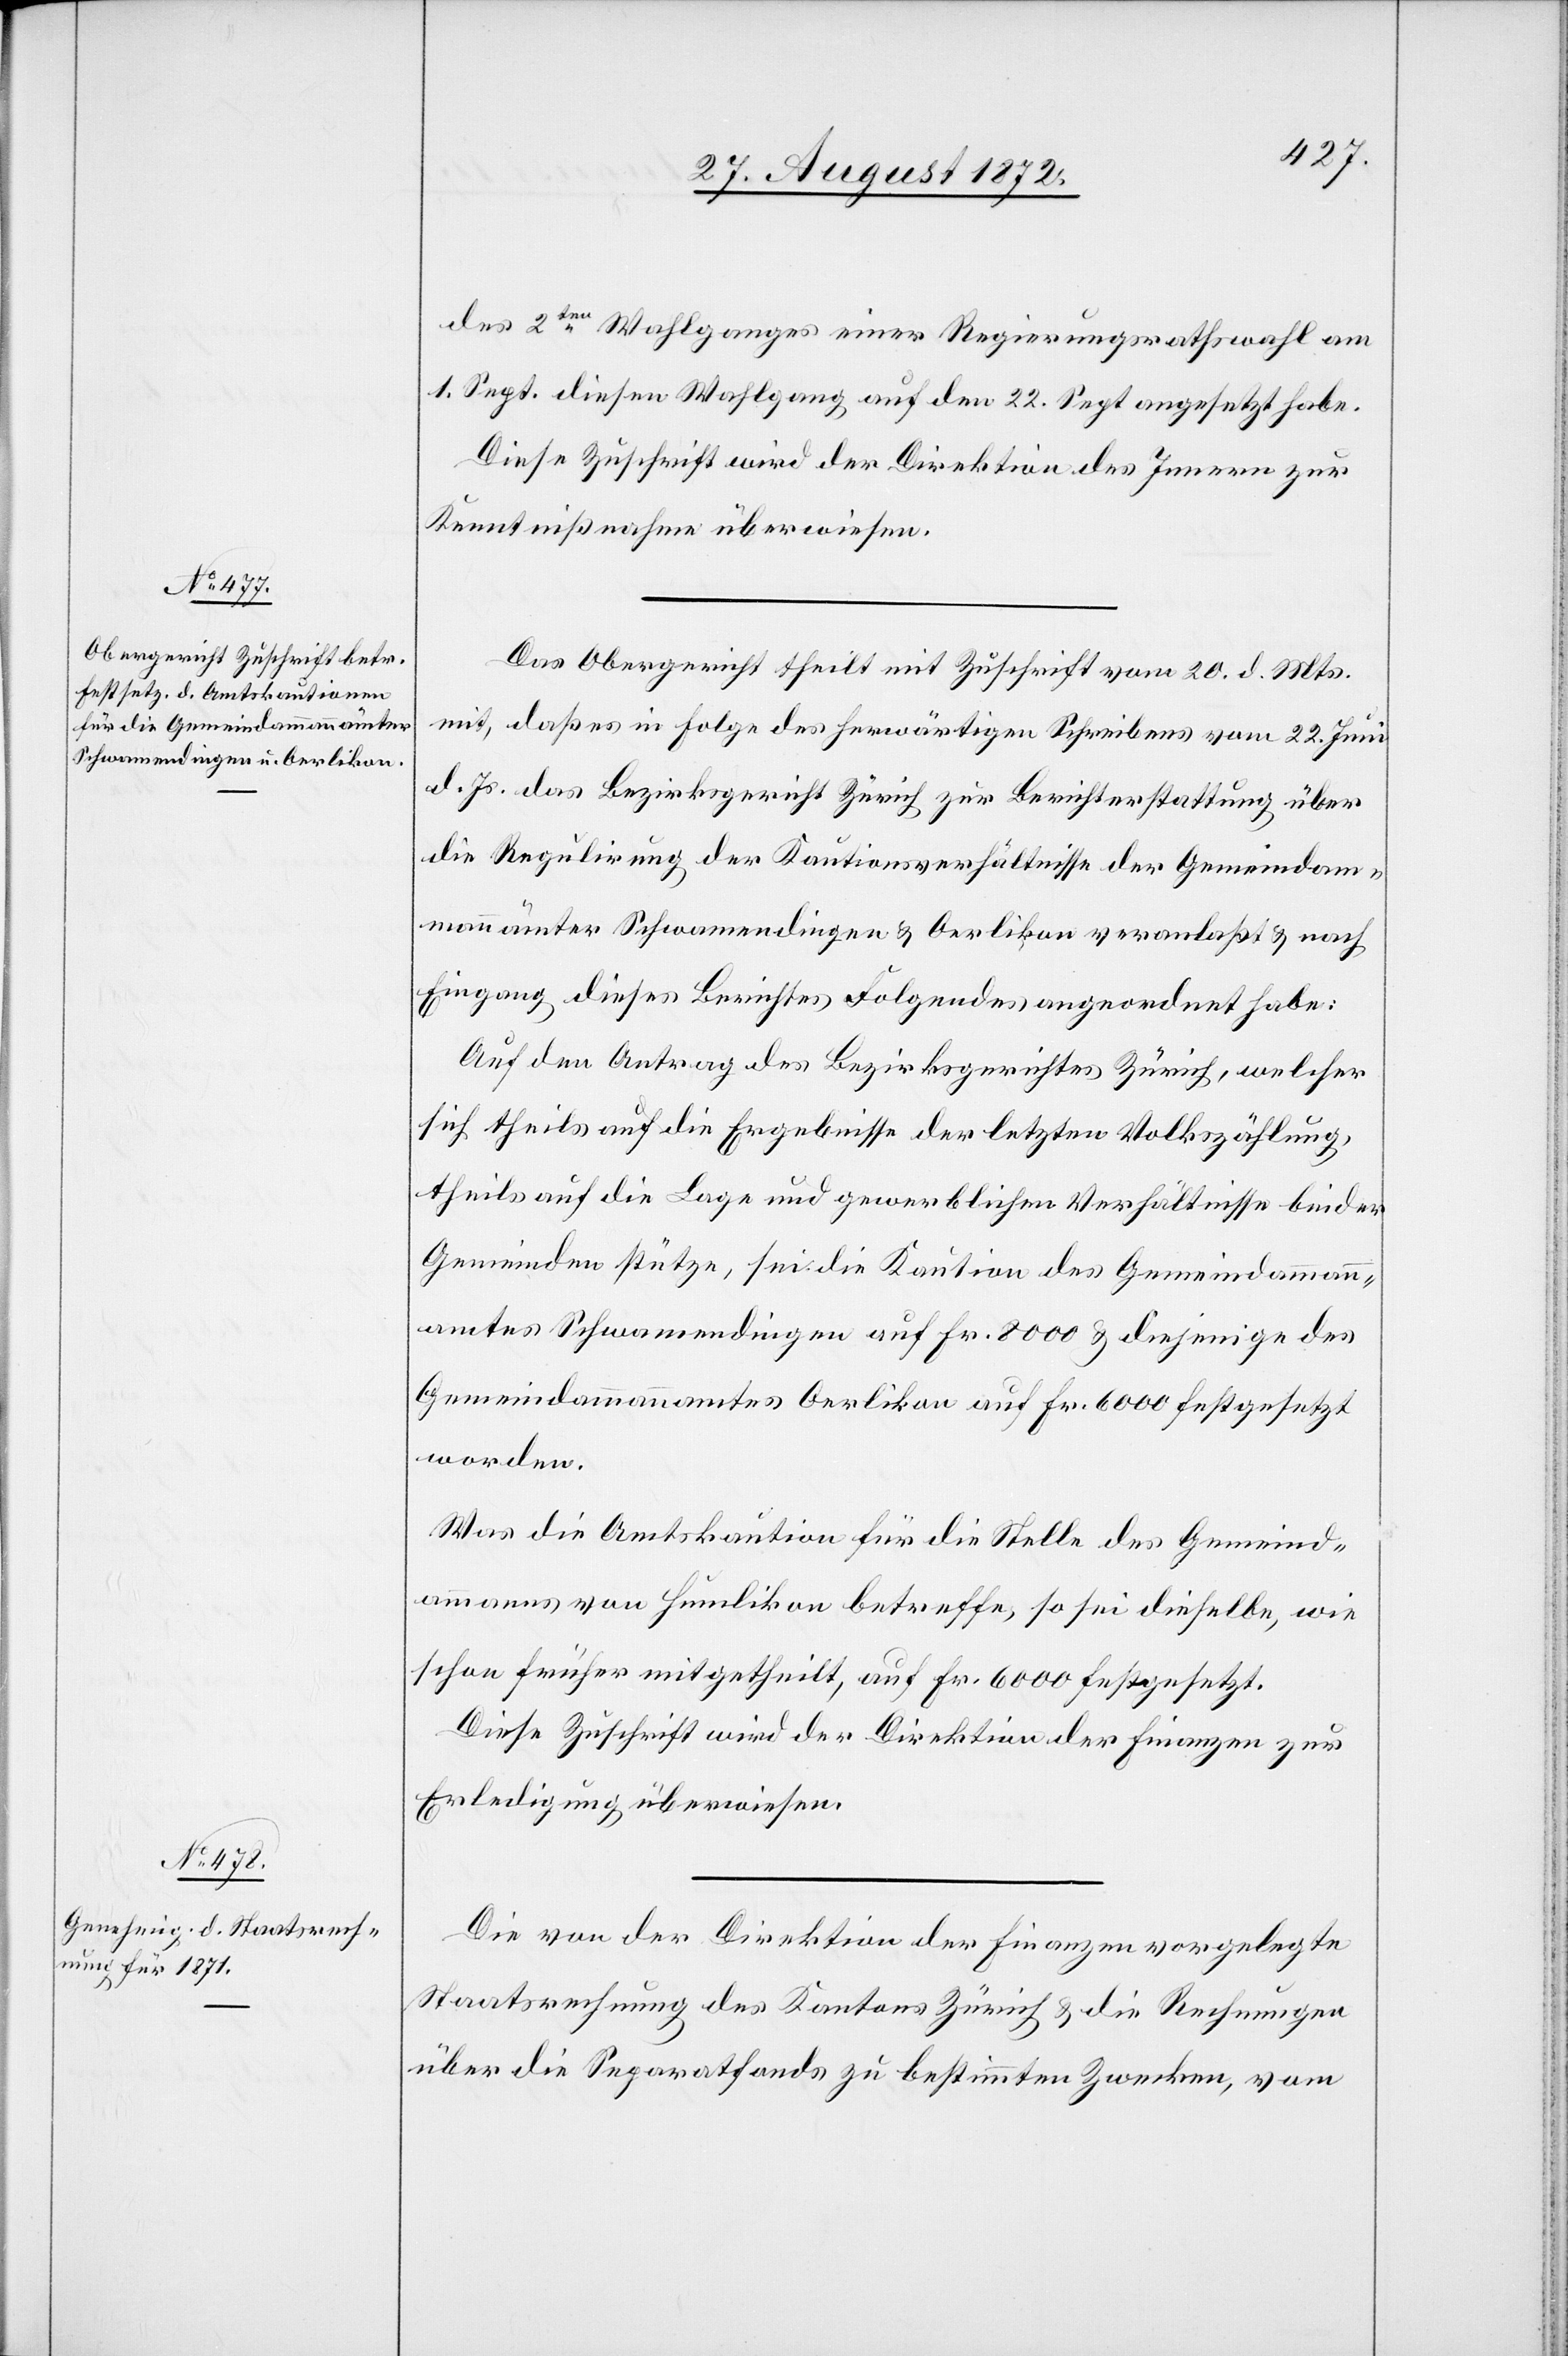
des 2ten Wahlganges einer Regierungsrathswahl am
1. Sept. diesen Wahlgang auf den 22. Sept. angesetzt habe.
Diese Zuschrift wird der Direktion des Innern zur
Kenntnißnahme überwiesen.
Das Obergericht theilt mit Zuschrift vom 20. d. Mts.
mit, daß es in Folge des herwärtigen Schreibens vom 22. Juni
d. Js. das Bezirksgericht Zürich zur Berichterstattung über
die Regulirung der Kautionsverhältnisse der Gemeindam¬
mannämter Schwamendingen u. Oerlikon veranlaßt u. nach
Eingang dieses Berichtes Folgendes angeordnet habe:
Auf den Antrag des Bezirksgerichtes Zürich, welcher
sich theils auf die Ergebnisse der letzten Volkszählung,
theils auf die Lage und gewerblichen Verhältnisse beider
Gemeinden stütze, sei die Kaution des Gemeindammann¬
amtes Schwamendingen auf Fr. 8000 u. diejenige des
Gemeindammannamtes Oerlikon auf Fr. 6000 festgesetzt
worden.
Was die Amtskaution für die Stelle des Gemeind¬
ammanns von Humlikon betreffe, so sei dieselbe, wie
schon früher mitgetheilt, auf Fr. 6000 festgesetzt.
Diese Zuschrift wird der Direktion der Finanzen zur
Erledigung überwiesen.
Die von der Direktion der Finanzen vorgelegte
Staatsrechnung des Kantons Zürich u. die Rechnungen
über die Separatfonds zu bestimmten Zwecken, vom